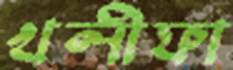
খলীফা